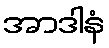
အာဒါနံ